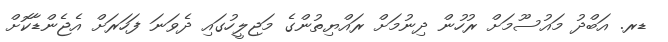
ޑރ. އަބްދު މައުސޫމަށް ރުހުން ދިނުމަށް ރައްޔިތުންގެ މަޖިލީހުގައި ދެވަނަ ފަހަރަށް އެޖެންޑާކޮށް